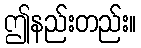
ဤနည်းတည်း။